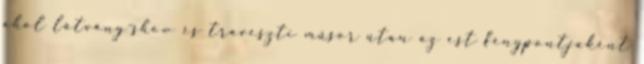
ahol látvány-show és traveszti műsor után az est fénypontjaként